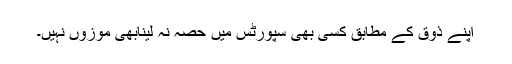
اپنے ذوق کے مطابق کسی بھی سپورٹس میں حصہ نہ لینابھی موزوں نہیں۔